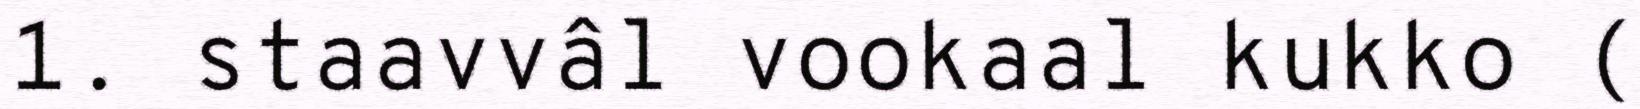
1. staavvâl vookaal kukko (